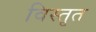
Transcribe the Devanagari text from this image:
विस्‍तृत